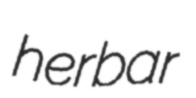
herbar